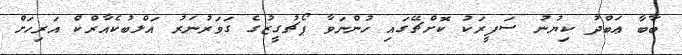
ބާބާ ޢަބްދު ކިޔުނު ސަފީރަކު ކޮށްޗޭގައި ހުންނަވާ ޕޯޗުގީޒުގެ ގަވަރުނަރު އަލްބުކެއާރްކް އަރިހަށް